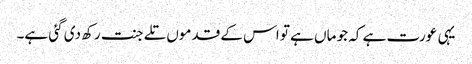
یہی عورت ہے کہ جو ماں ہے تو اس کے قدموں تلے جنت رکھ دی گئی ہے۔